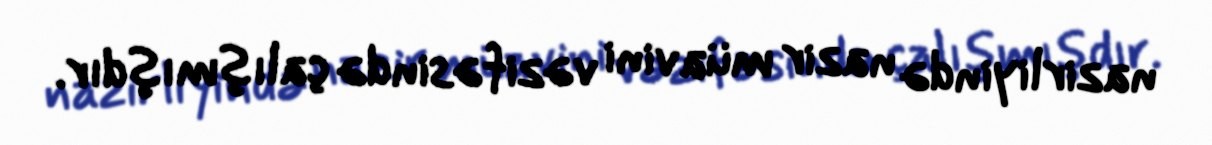
nazirliyində nazir müavini vəzifəsində çalışmışdır.